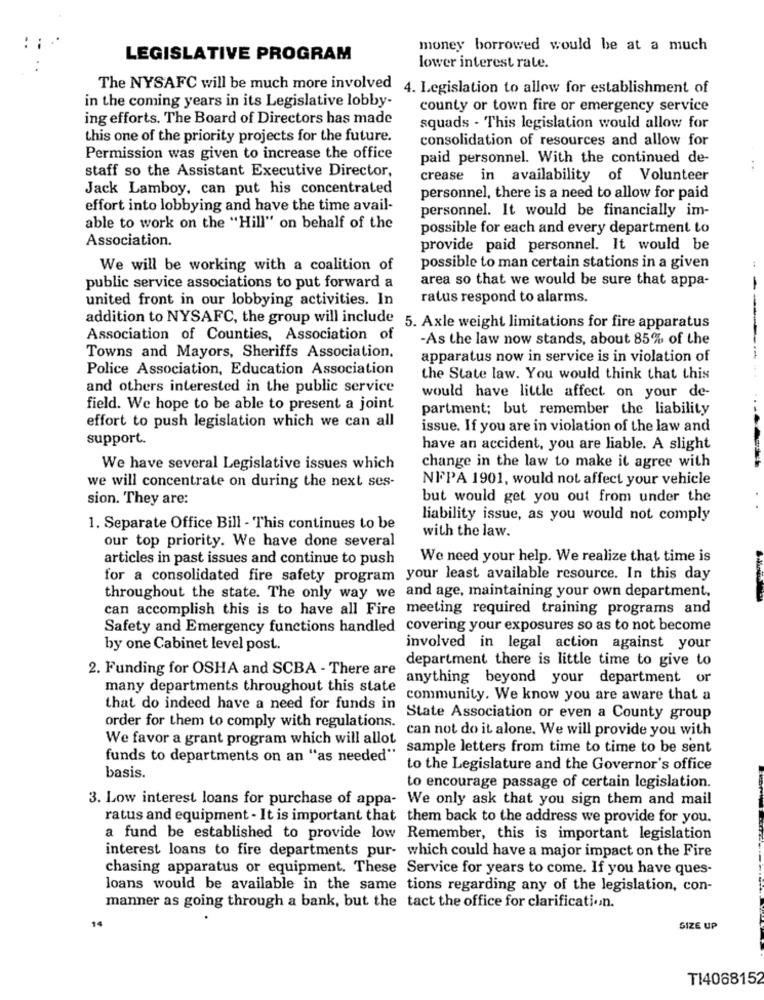
money borrowed would be at a much
LEGISLATIVE PROGRAM
lower interest rate.
The NYSAFC will be much more involved 4. Legislation to allow for establishment of
in the coming years in its Legislative lobby-
county or town fire or emergency service
ing efforts. The Board of Directors has made
squads - This legislation would allow for
this one of the priority projects for the future.
consolidation of resources and allow for
Permission was given to increase the office
paid personnel. With the continued de-
staff so the Assistant Executive Director,
crease in availability of Volunteer
Jack Lamboy, can put his concentrated
personnel, there is a need to allow for paid
effort into lobbying and have the time avail-
personnel. It would be financially im-
able to work on the "Hill" on behalf of the
possible for each and every department to
Association.
provide paid personnel. It would be
We will be working with a coalition of
possible to man certain stations in a given
area so that we would be sure that appa-
public service associations to put forward a
-
united front in our lobbying activities. In
ratus respond to alarms.
addition to NYSAFC, the group will include 5. Axle weight limitations for fire apparatus
Association of Counties, Association of
-As the law now stands, about 85% of the
Towns and Mayors, Sheriffs Association.
apparatus now in service is in violation of
Police Association, Education Association
the State law. You would think that this
and others interested in the public service
would have little affect on your de-
field. We hope to be able to present a joint
partment; but remember the liability
effort to push legislation which we can all
issue. If you are in violation of the law and
support.
have an accident, you are liable. A slight
We have several Legislative issues which
change in the law to make it agree with
we will concentrate on during the next ses-
NFPA 1901, would not affect your vehicle
sion. They are:
but would get you out from under the
liability issue, as you would not comply
1. Separate Office Bill - This continues to be
with the law.
our top priority. We have done several
articles in past issues and continue to push
We need your help. We realize that time is
for a consolidated fire safety program your least available resource. In this day
throughout the state. The only way we and age, maintaining your own department,
can accomplish this is to have all Fire meeting required training programs and
Safety and Emergency functions handled covering your exposures so as to not become
by one Cabinet level post.
involved in legal action against your
department there is little time to give to
2. Funding for OSHA and SCBA - There are
anything beyond your department or
many departments throughout this state
community. We know you are aware that a
that do indeed have a need for funds in
order for them to comply with regulations.
State Association or even a County group
We favor a grant program which will allot
can not do it alone. We will provide you with
sample letters from time to time to be sent
funds to departments on an "as needed"
to the Legislature and the Governor's office
basis.
to encourage passage of certain legislation.
3. Low interest loans for purchase of appa- We only ask that you sign them and mail
ratus and equipment - It is important that them back to the address we provide for you.
a fund be established to provide low Remember, this is important legislation
interest loans to fire departments pur- which could have a major impact on the Fire
chasing apparatus or equipment. These Service for years to come. If you have ques-
loans would be available in the same tions regarding any of the legislation, con-
manner as going through a bank, but the tact the office for clarification.
14
SIZE UP
T14068152